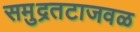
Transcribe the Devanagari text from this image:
समुद्रतटाजवळ